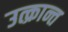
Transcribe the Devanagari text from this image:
उत्क्रान्त